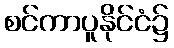
စင်ကာပူနိုင်ငံ၌